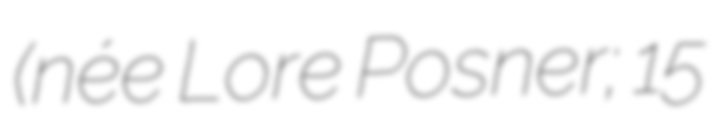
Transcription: (née Lore Posner; 15